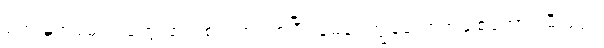
စတဲ့ နှုတ်ခမ်းသံတွေ ထည့်စပ်တာကစပြီး မေခင်ကျွန်တော့်အချစ်တော် ၊ မီးပုံပွဲ ၊